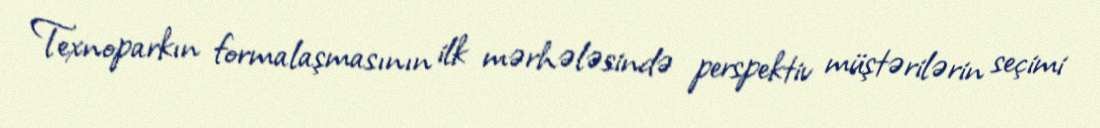
Texnoparkın formalaşmasının ilk mərhələsində perspektiv müştərilərin seçimi